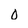
Character: 0